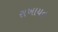
રાખાયત